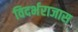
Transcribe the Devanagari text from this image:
विदर्भराजास